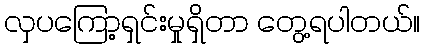
လှပကြော့ရှင်းမှုရှိတာ တွေ့ရပါတယ်။